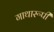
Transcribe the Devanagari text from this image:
गाथारूपी